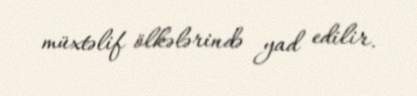
müxtəlif ölkələrində yad edilir.